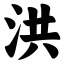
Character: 洪